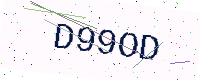
Text: D99OD